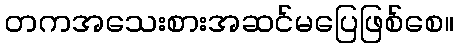
တကအသေးစားအဆင်မပြေဖြစ်စေ။